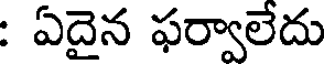
: ఏదైన ఫర్వాలేదు